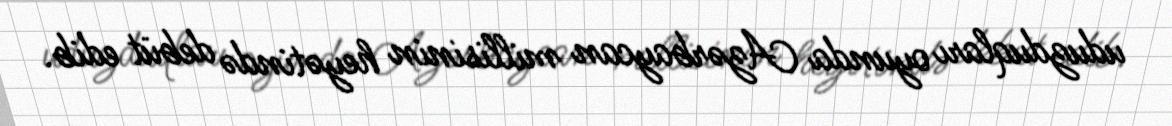
uduzduqları oyunda Azərbaycan millisinin heyətində debüt edib.